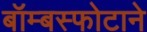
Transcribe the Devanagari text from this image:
बॉम्बस्फोटाने